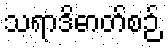
သရာဒိဓာတ်စဉ်